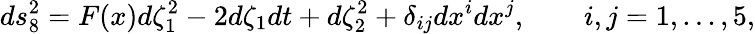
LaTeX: ds_{8}^{2}=F(x)d\zeta_{1}^{2}-2d\zeta_{1}dt+d\zeta_{2}^{2}+\delta_{ij}dx^{i}dx^{j},\qquad i,j=1,...,5,